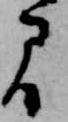
間